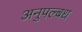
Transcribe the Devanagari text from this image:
अनुपल्बध